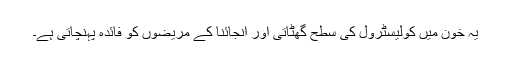
یہ خون میں کولیسٹرول کی سطح گھٹاتی اور انجائنا کے مریضوں کو فائدہ پہنچاتی ہے۔